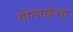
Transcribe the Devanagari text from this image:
गोनाव्हेचा